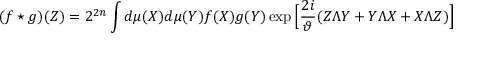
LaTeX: ( f \star g ) ( Z ) = 2 ^ { 2 n } \int d \mu ( X ) d \mu ( Y ) f ( X ) g ( Y ) \exp \Big [ \frac { 2 i } { \vartheta } ( Z \Lambda Y + Y \Lambda X + X \Lambda Z ) \Big ]